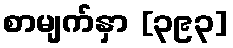
စာမျက်နှာ [၃၉၃]